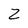
Character: Z